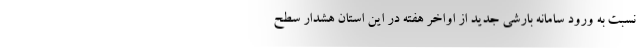
نسبت به ورود سامانه بارشی جدید از اواخر هفته در این استان هشدار سطح